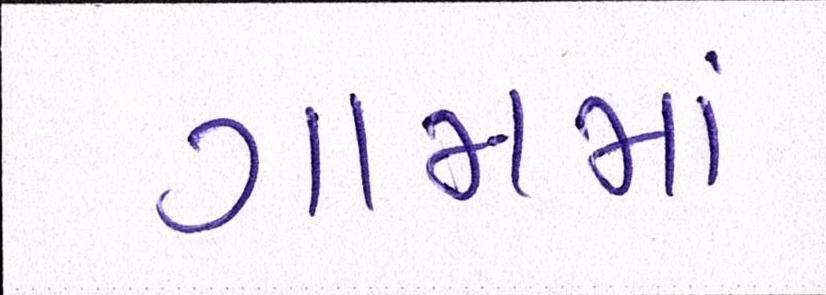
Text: ગામમા